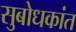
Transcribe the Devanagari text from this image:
सुबोधकांत